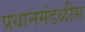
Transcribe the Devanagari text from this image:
प्रधानमंडळीस